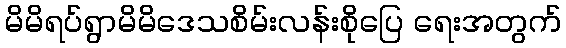
မိမိရပ်ရွာမိမိဒေသစိမ်းလန်းစိုပြေ ရေးအတွက်